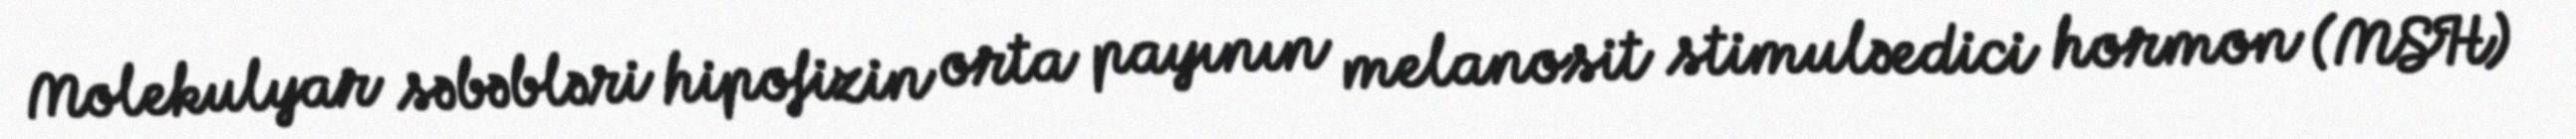
Molekulyar səbəbləri hipofizin orta payının melanosit stimuləedici hormon (MSH)